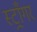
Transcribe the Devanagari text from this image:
स्ट्राँगर